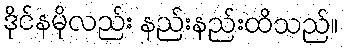
ဒိုင်နမိုလည်း နည်းနည်းထိသည်။